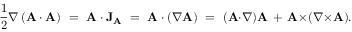
{ \frac { 1 } { 2 } } \nabla \left( \mathbf { A } \cdot \mathbf { A } \right) \ = \ \mathbf { A } \cdot \mathbf { J } _ { \mathbf { A } } \ = \ \mathbf { A } \cdot ( \nabla \mathbf { A } ) \ = \ ( \mathbf { A } { \cdot } \nabla ) \mathbf { A } \, + \, \mathbf { A } { \times } ( \nabla { \times } \mathbf { A } ) .